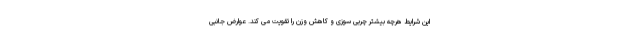
این شرایط هرچه بیشتر چربی سوزی و کاهش وزن را تقویت می کند. عوارض جانبی